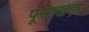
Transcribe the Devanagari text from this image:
पूसाखेड़ा